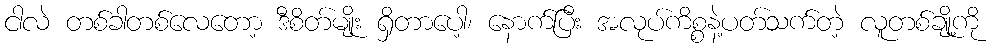
ငါလဲ တစ်ခါတစ်လေတော့ ဒီစိတ်မျိုး ရှိတာပေါ့၊ နောက်ပြီး အလုပ်ကိစ္စနဲ့ပတ်သက်တဲ့ လူတစ်ချို့ကို